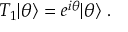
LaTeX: T _ { 1 } | \theta \rangle = e ^ { i \theta } | \theta \rangle \; .